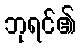
ဘုရင်၏